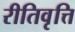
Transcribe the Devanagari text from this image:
रीतिवृत्ति